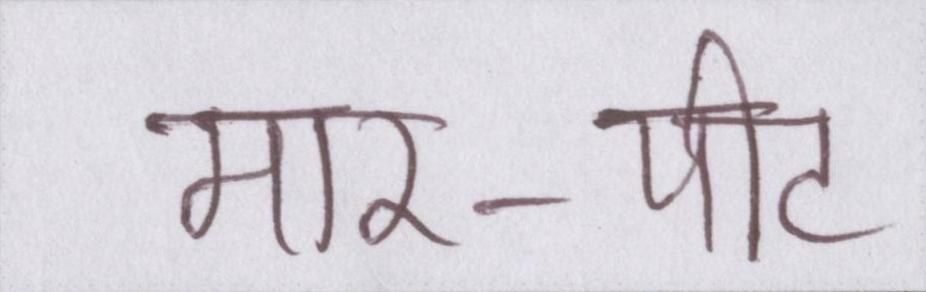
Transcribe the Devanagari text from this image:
मार-पीट